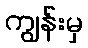
ကျွန်းမှ